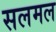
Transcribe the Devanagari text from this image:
सलमल